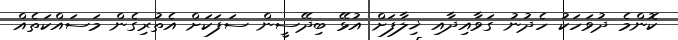
ކޮންމެ ދުވަހަކު ހެދުނު ގަވާއިދާއި ޚިލާފަށް އުޅޭ ބިދޭސީން ސަފަކަށް އެތުރިގެން މަސައްކަތެއް